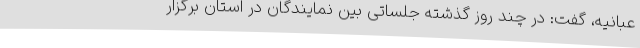
عبانیه، گفت: در چند روز گذشته جلساتی بین نمایندگان در استان برگزار